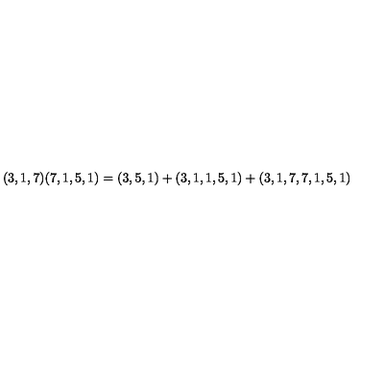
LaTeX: ( 3 , 1 , 7 ) ( 7 , 1 , 5 , 1 ) = ( 3 , 5 , 1 ) + ( 3 , 1 , 1 , 5 , 1 ) + ( 3 , 1 , 7 , 7 , 1 , 5 , 1 )